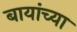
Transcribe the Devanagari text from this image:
बायांच्या